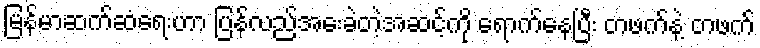
မြန်မာဆက်ဆံရေးဟာ ပြန်လည်အေးခဲတဲ့အဆင့်ကို ရောက်နေပြီး တဖက်နဲ့ တဖက်